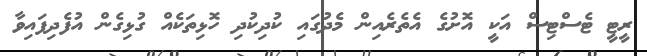
ރީޓީ ޓެސްޓިސް އަކީ އޮށުގެ އެތެރެއިން މެދުގައި ކުދިކުދި ހޮޅިތަކެއް ގުޅިގެން އުފެދިފައިވާ